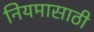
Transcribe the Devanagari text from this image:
नियमासाठी